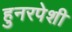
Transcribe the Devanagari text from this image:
हुनरपेशी